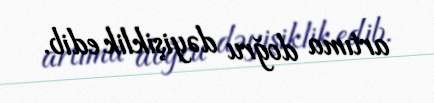
artıma doğru dəyişiklik edib.